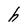
Character: h